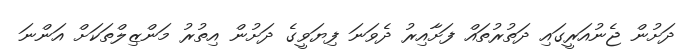
ދަށުން ޖެނުއަރީގައި ދަތުރުތައް ފަށާއިރު ދެވަނަ ފިޔަވީގެ ދަށުން އިތުރު މަންޒިލްތަކަށް އަންނަ